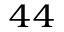
_ { 4 4 }